Report of an investigation into the causes of malaria in Bombay and the measures necessary for its control
Disease focus: Malaria
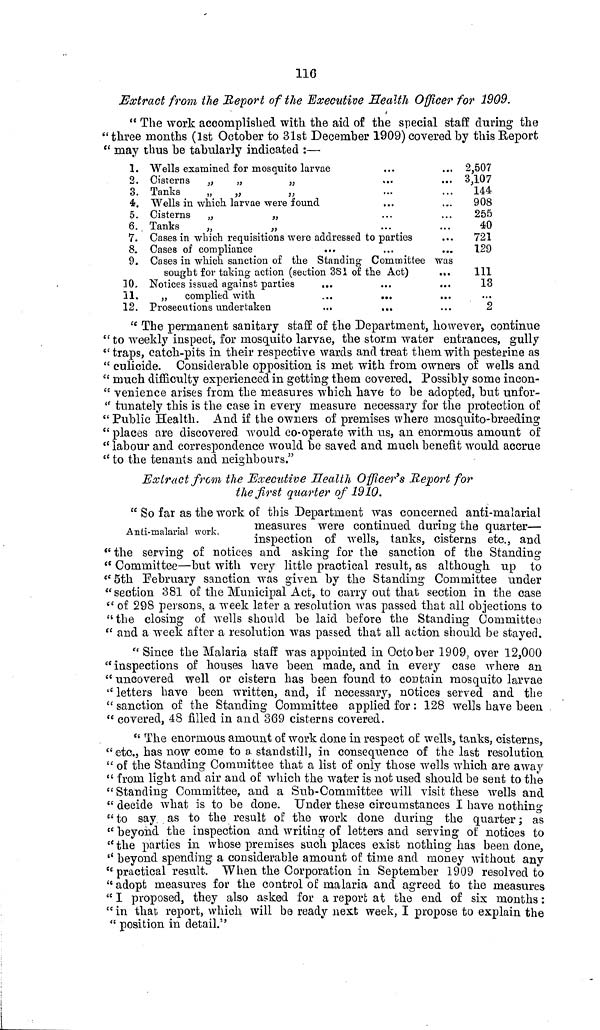
116
Extract from the Report of the Executive Health Officer for 1909.
" The work accomplished with the aid of the special staff during the
" three months (1st October to 31st December 1909) covered by this Report
" may thus be tabularly indicated :—
1.
2.
3.
4.
5.
6.
7.
8.
9.
10.
11.
12.
Wells examined for mosquito larvae
Cisterns „
„
„
Tanks
„
„
„
Wells in which larvae were found
Cisterns „
„
Tanks
„
„
Cases in which requisitions were addressed to parties
Cases of compliance
...
Cases in which sanction of the Standing Committee was
sought for taking action (section 381 of the Act)
...
Notices issued against parties
...
„
complied with
...
...
...
Prosecutions undertaken
...
...
2,507
3,107
144
908
255
40
721
129
111
13
...
2
" The permanent sanitary staff of the Department, however, continue
"to weekly inspect, for mosquito larvae, the storm water entrances, gully
"traps, catch-pits in their respective wards and treat them with pesterine as
" culicide. Considerable opposition is met with from owners of wells and
" much difficulty experienced in getting them covered. Possibly some incon-
" venience arises from the measures which have to be adopted, but unfor-
" tunately this is the case in every measure necessary for the protection of
" Public Health. And if the owners of premises where mosquito-breeding
" places are discovered would co-operate with us, an enormous amount of
" labour and correspondence would be saved and much benefit would accrue
" to the tenants and neighbours."
Extract from the Executive Health Officer's Report for
the first quarter of 1910.
" So far as the work of this Department was concerned anti-malarial
measures were continued during the quarter—
Anti-malaria! work.
inspection of wells, tanks, cisterns etc., and
" the serving of notices and asking for the sanction of the Standing
" Committee—but with very little practical result, as although up to
" 5th February sanction was given by the Standing Committee under
"section 381 of the Municipal Act, to carry out that section in the case
" of 298 persons, a week later a resolution was passed that all objections to
"the closing of wells should be laid before the Standing Committee
" and a week after a resolution was passed that all action should be stayed.
" Since the Malaria staff was appointed in October 1909, over 12,000
''inspections of houses have been made, and in every case where an
" uncovered well or cistern has been found to contain mosquito larvae
" letters have been written, and, if necessary, notices served and the
" sanction of the Standing Committee applied for: 128 wells have been
" covered, 48 filled in and 869 cisterns covered.
" The enormous amount of work done in respect of wells, tanks, cisterns,
" etc., has now come to a. standstill, in consequence of the last resolution
" of the Standing Committee that a list of only those wells which are away
" from light and air and of which the water is not used should be sent to the
" Standing Committee, and a Sub-Committee will visit these wells and
" decide what is to be done. Under these circumstances I have nothing
" to say as to the result of the work done during the quarter; as
" beyond the inspection and writing of letters and serving of notices to
" the parties in whose premises such places exist nothing has been clone,
" beyond spending a considerable amount of time and money without any
" practical result. When the Corporation in September 1909 resolved to
" adopt measures for the control of malaria and agreed to the measures
" I proposed, they also asked for a report at the end of six months:
" in that report, which will be ready next week, I propose to explain the
" position in detail."